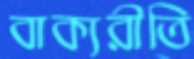
বাক্যরীতি